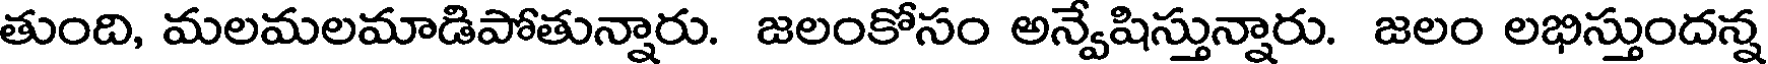
తుంది, మలమలమాడిపోతున్నారు. జలంకోసం అన్వేషిస్తున్నారు. జలం లభిస్తుందన్న